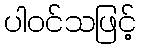
ပါဝင်သဖြင့်